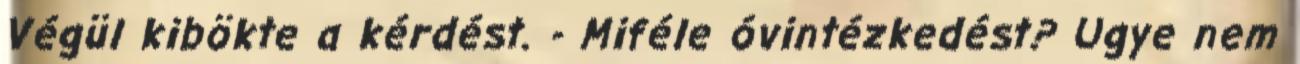
Végül kibökte a kérdést. - Miféle óvintézkedést? Ugye nem